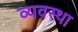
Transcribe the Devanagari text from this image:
व्‍यवस्था